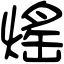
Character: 熎